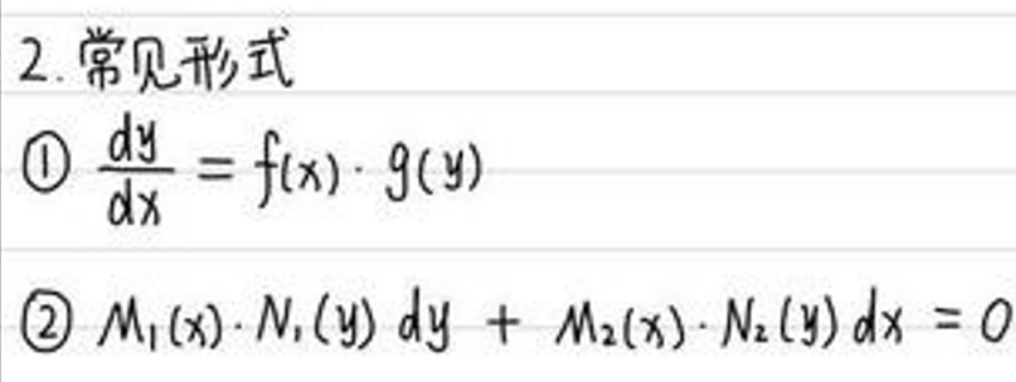
\begin{enumerate}
    \item[2.] 常见形式
    \begin{enumerate}
        \item[(1)] $\frac{dy}{dx} = f(x) \cdot g(y)$
        \item[(2)] $M_1(x) \cdot N_1(y) dy + M_2(x) \cdot N_2(y) dx = 0$
    \end{enumerate}
\end{enumerate}